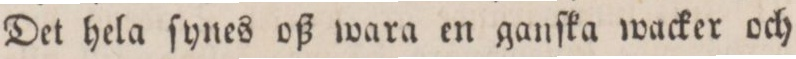
Det hela ſynes oß wara en ganſka wacker och